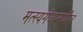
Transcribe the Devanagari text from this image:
मत्स्यगंधामधील